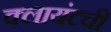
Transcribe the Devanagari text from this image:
क्लायंटची